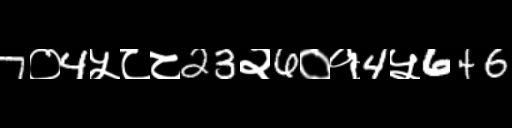
Text: 7०4५८८23२6०१4५646